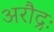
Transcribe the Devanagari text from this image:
अरौद्रः